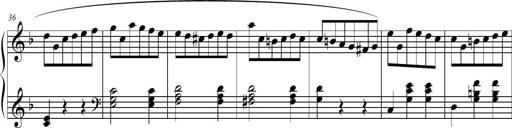
Title: 2 Sonatines faciles et brillantes pour le piano-forte seul
Composer: Carl Czerny